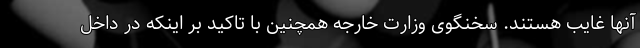
آنها غایب هستند. سخنگوی وزارت خارجه همچنین با تاکید بر اینکه در داخل